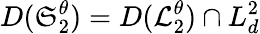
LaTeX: D(\mathfrak{S}_{2}^{\theta})=D(\mathcal{L}_{2}^{\theta})\cap L_{d}^{2}